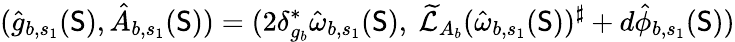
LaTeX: (\hat{g}_{b,s_{1}}(\mathsf{S}),\hat{A}_{b,s_{1}}(\mathsf{S}))=(2\delta_{g_{b}}^{*}\hat{\omega}_{b,s_{1}}(\mathsf{S}),\ \widetilde{\mathcal{L}}_{A_{b}}(\hat{\omega}_{b,s_{1}}(\mathsf{S}))^{\sharp}+d\hat{\phi}_{b,s_{1}}(\mathsf{S}))